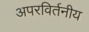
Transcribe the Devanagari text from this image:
अपरविर्तनीय